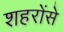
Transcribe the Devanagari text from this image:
शहरोंसे